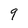
Character: q